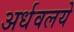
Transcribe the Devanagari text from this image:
अर्धवलये